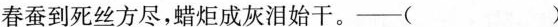
春蚕到死丝方尽，蜡炬成灰泪始干。—( )